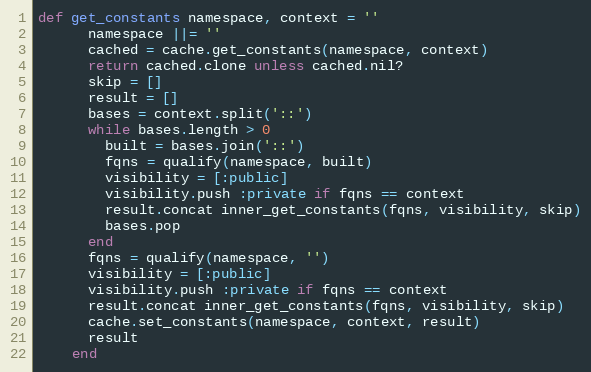
Language: Ruby
def get_constants namespace, context = ''
      namespace ||= ''
      cached = cache.get_constants(namespace, context)
      return cached.clone unless cached.nil?
      skip = []
      result = []
      bases = context.split('::')
      while bases.length > 0
        built = bases.join('::')
        fqns = qualify(namespace, built)
        visibility = [:public]
        visibility.push :private if fqns == context
        result.concat inner_get_constants(fqns, visibility, skip)
        bases.pop
      end
      fqns = qualify(namespace, '')
      visibility = [:public]
      visibility.push :private if fqns == context
      result.concat inner_get_constants(fqns, visibility, skip)
      cache.set_constants(namespace, context, result)
      result
    end